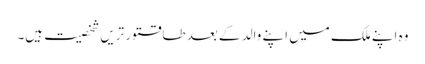
وہ اپنے ملک میں اپنے والد کے بعد طاقتور تریں شخصیت ہیں۔